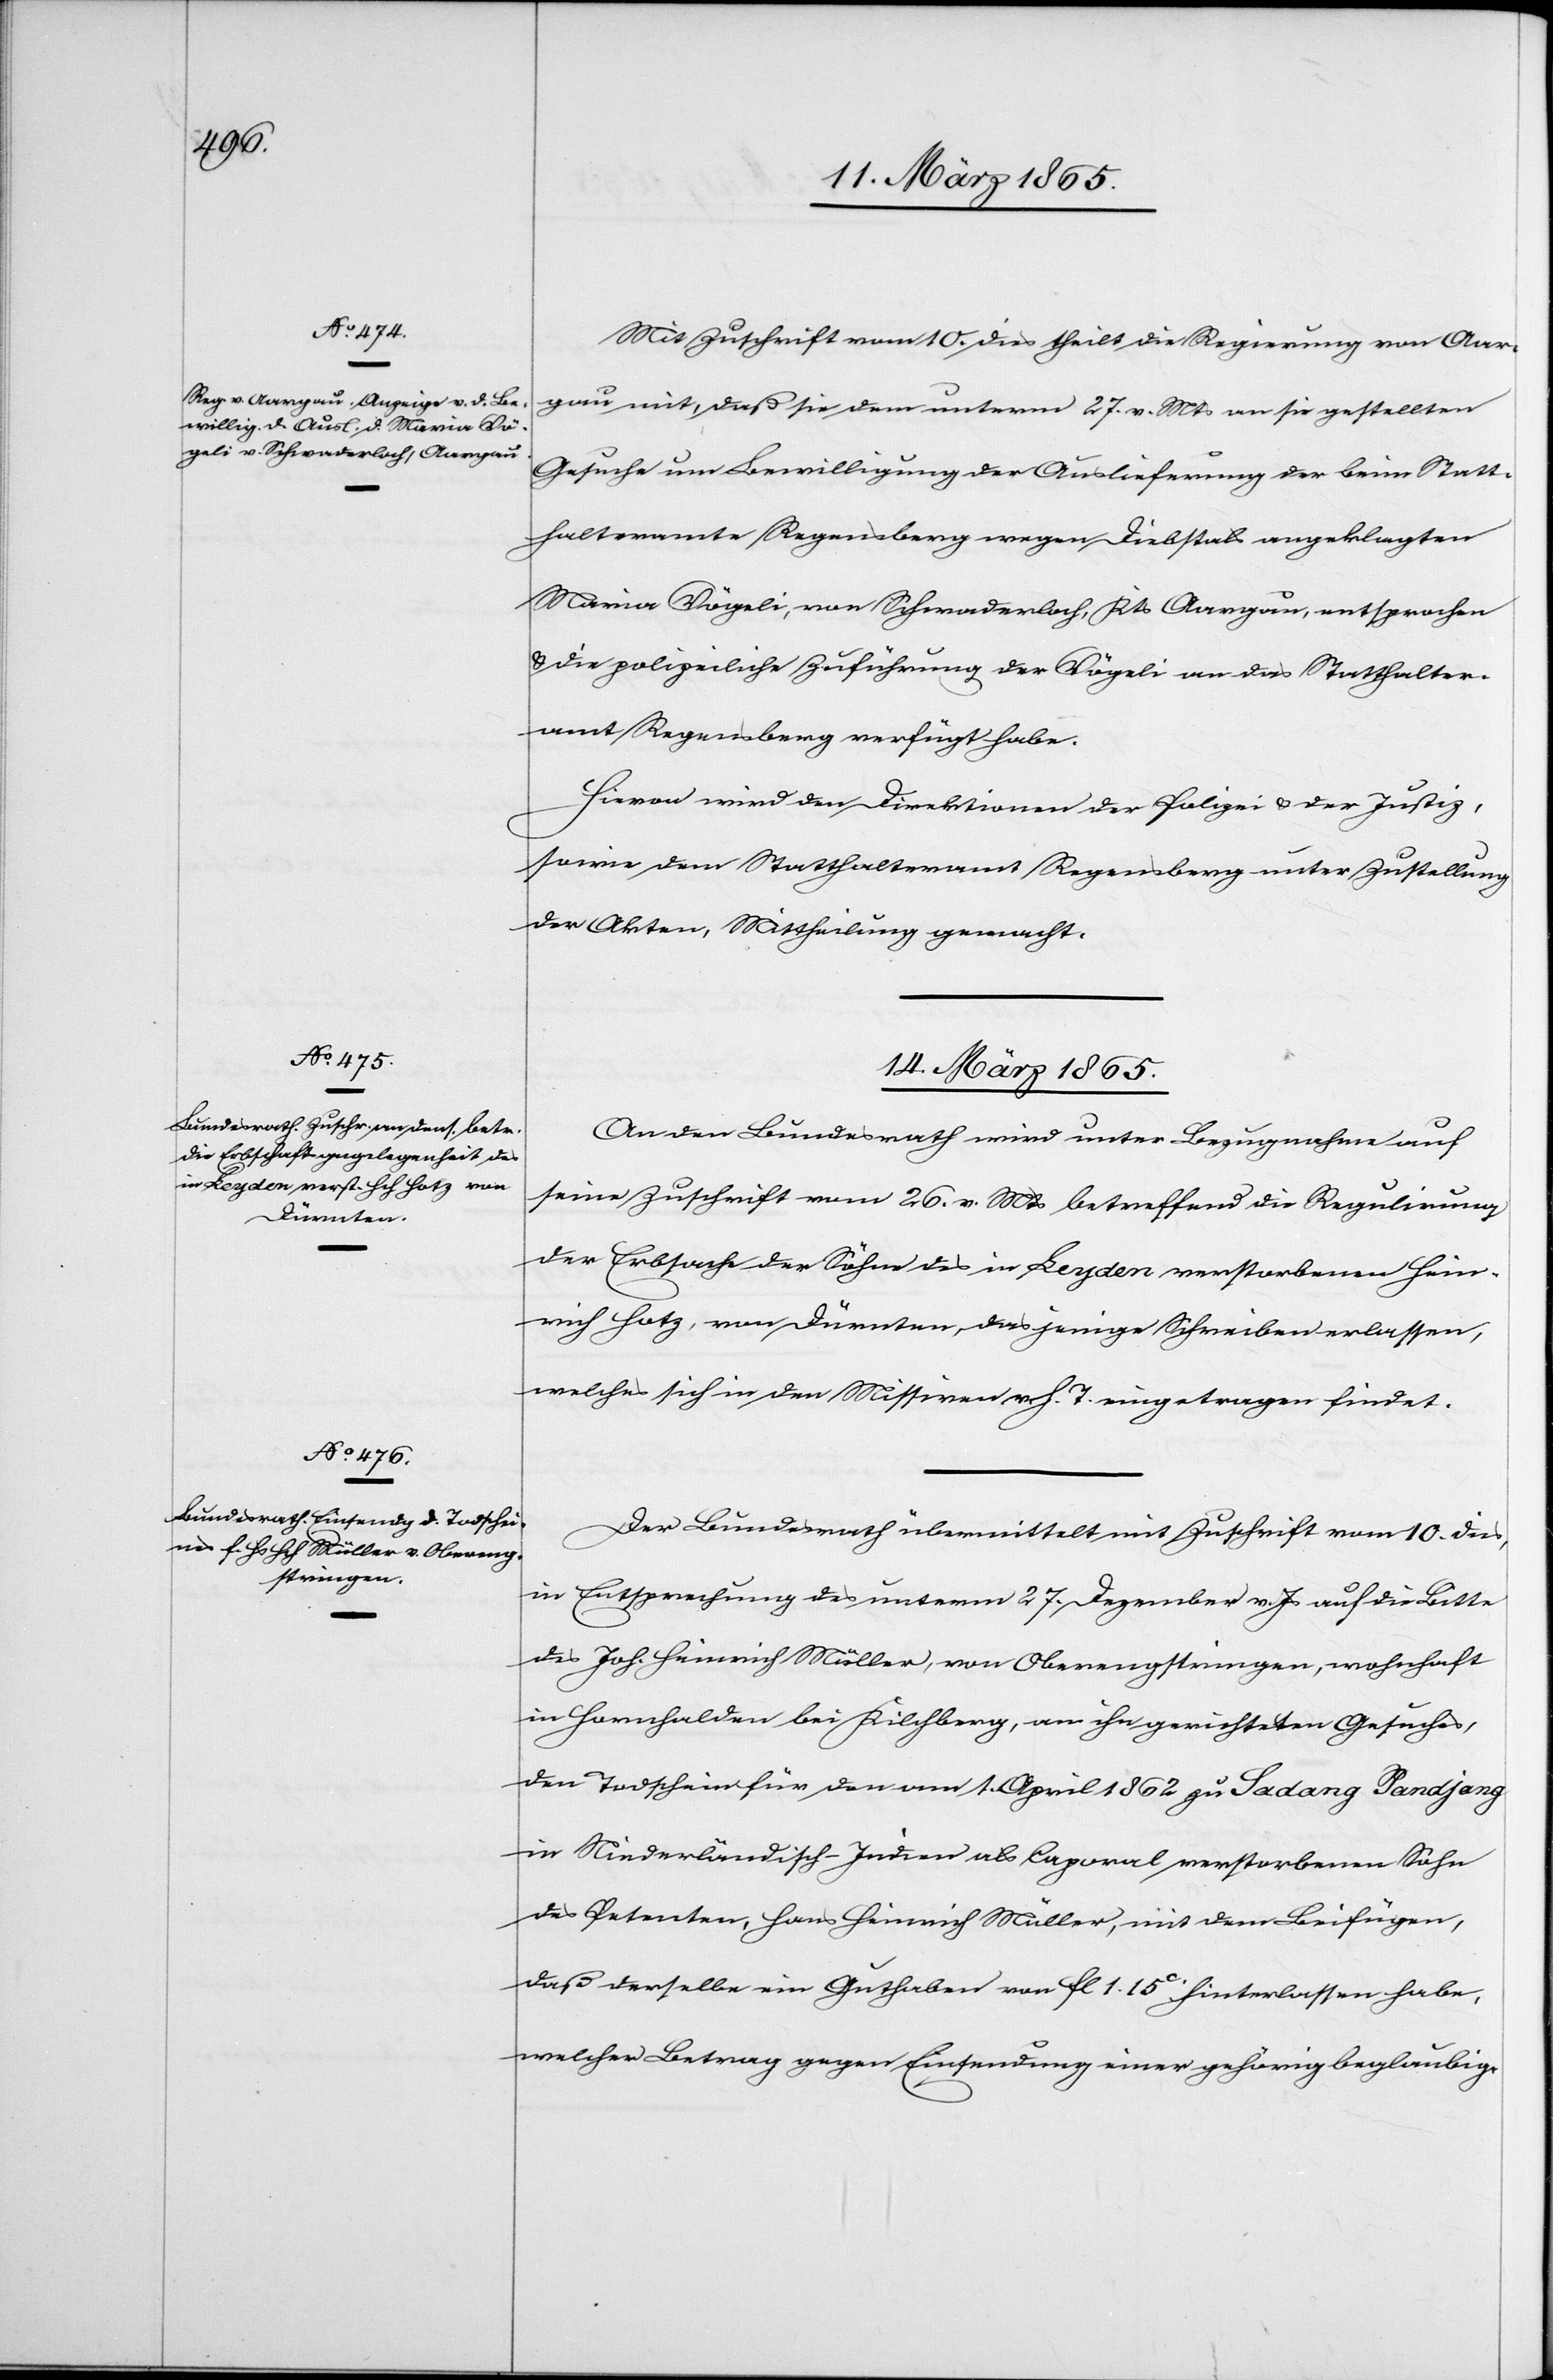
Mit Zuschrift vom 10. dies theilt die Regierung von Aar¬
gau mit, daß sie dem unterm 27. v. Mts an sie gestellten
Gesuche um Bewilligung der Auslieferung der beim Statt¬
halteramte Regensberg wegen Diebstals angeklagten
Maria Vögeli, von Schwaderloch, Kts Aargau, entsprochen
& die polizeiliche Zuführung der Vögeli an das Statthalter¬
amt Regensberg verfügt habe.
Hievon wird der Direktion der Polizei & der Justiz,
sowie dem Statthalteramt Regensberg unter Zustellung
der Akten, Mittheilung gemacht.
14. März 1865.]
An den Bundesrath wird unter Bezugnahme auf
seine Zuschrift vom 26. v. Mts betreffend die Regulirung
der Erbsache der Söhne des in Leyden verstorbenen Hein¬
rich Hotz, von Dürnten, dasjenige Schreiben erlassen,
welches sich in den Missiven v. h. T. eingetragen findet.
Der Bundesrath übermittelt mit Zuschrift vom 10. dies,
in Entsprechung des unterm 27. Dezember v. Js auf die Bitte
des Joh. Heinrich Müller, von Oberengstringen, wohnhaft
in Hornhalden bei Kilchberg, an ihn gerichteten Gesuches,
den Todschein für den am 1. April 1862 zu Sadang Pandjang
in Niederländisch-Indien als Caporal verstorbenen Sohn
des Petenten, Hans Heinrich Müller, mit dem Beifügen,
daß derselbe ein Guthaben von fl 1. 15 c hinterlassen habe,
welcher Betrag gegen Einsendung einer gehörig beglaubig-